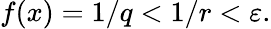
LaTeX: f(x)=1/q<1/r<\varepsilon.